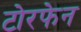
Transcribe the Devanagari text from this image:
टोरफेन